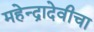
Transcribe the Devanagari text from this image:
महेन्द्रादेवीचा